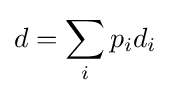
d=\sum _{i}p_{i}d_{i}